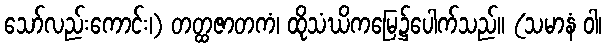
သော်လည်းကောင်း၊) တတ္ထဇာတကံ၊ ထိုသံဃိကမြေ၌ပေါက်သည်။ (သမာနံ ဝါ၊